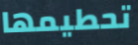
تحطيمها